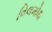
વિલમોથ